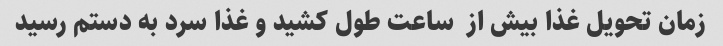
زمان تحویل غذا بیش از  ساعت طول کشید و غذا سرد به دستم رسید